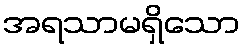
အရသာမရှိသော